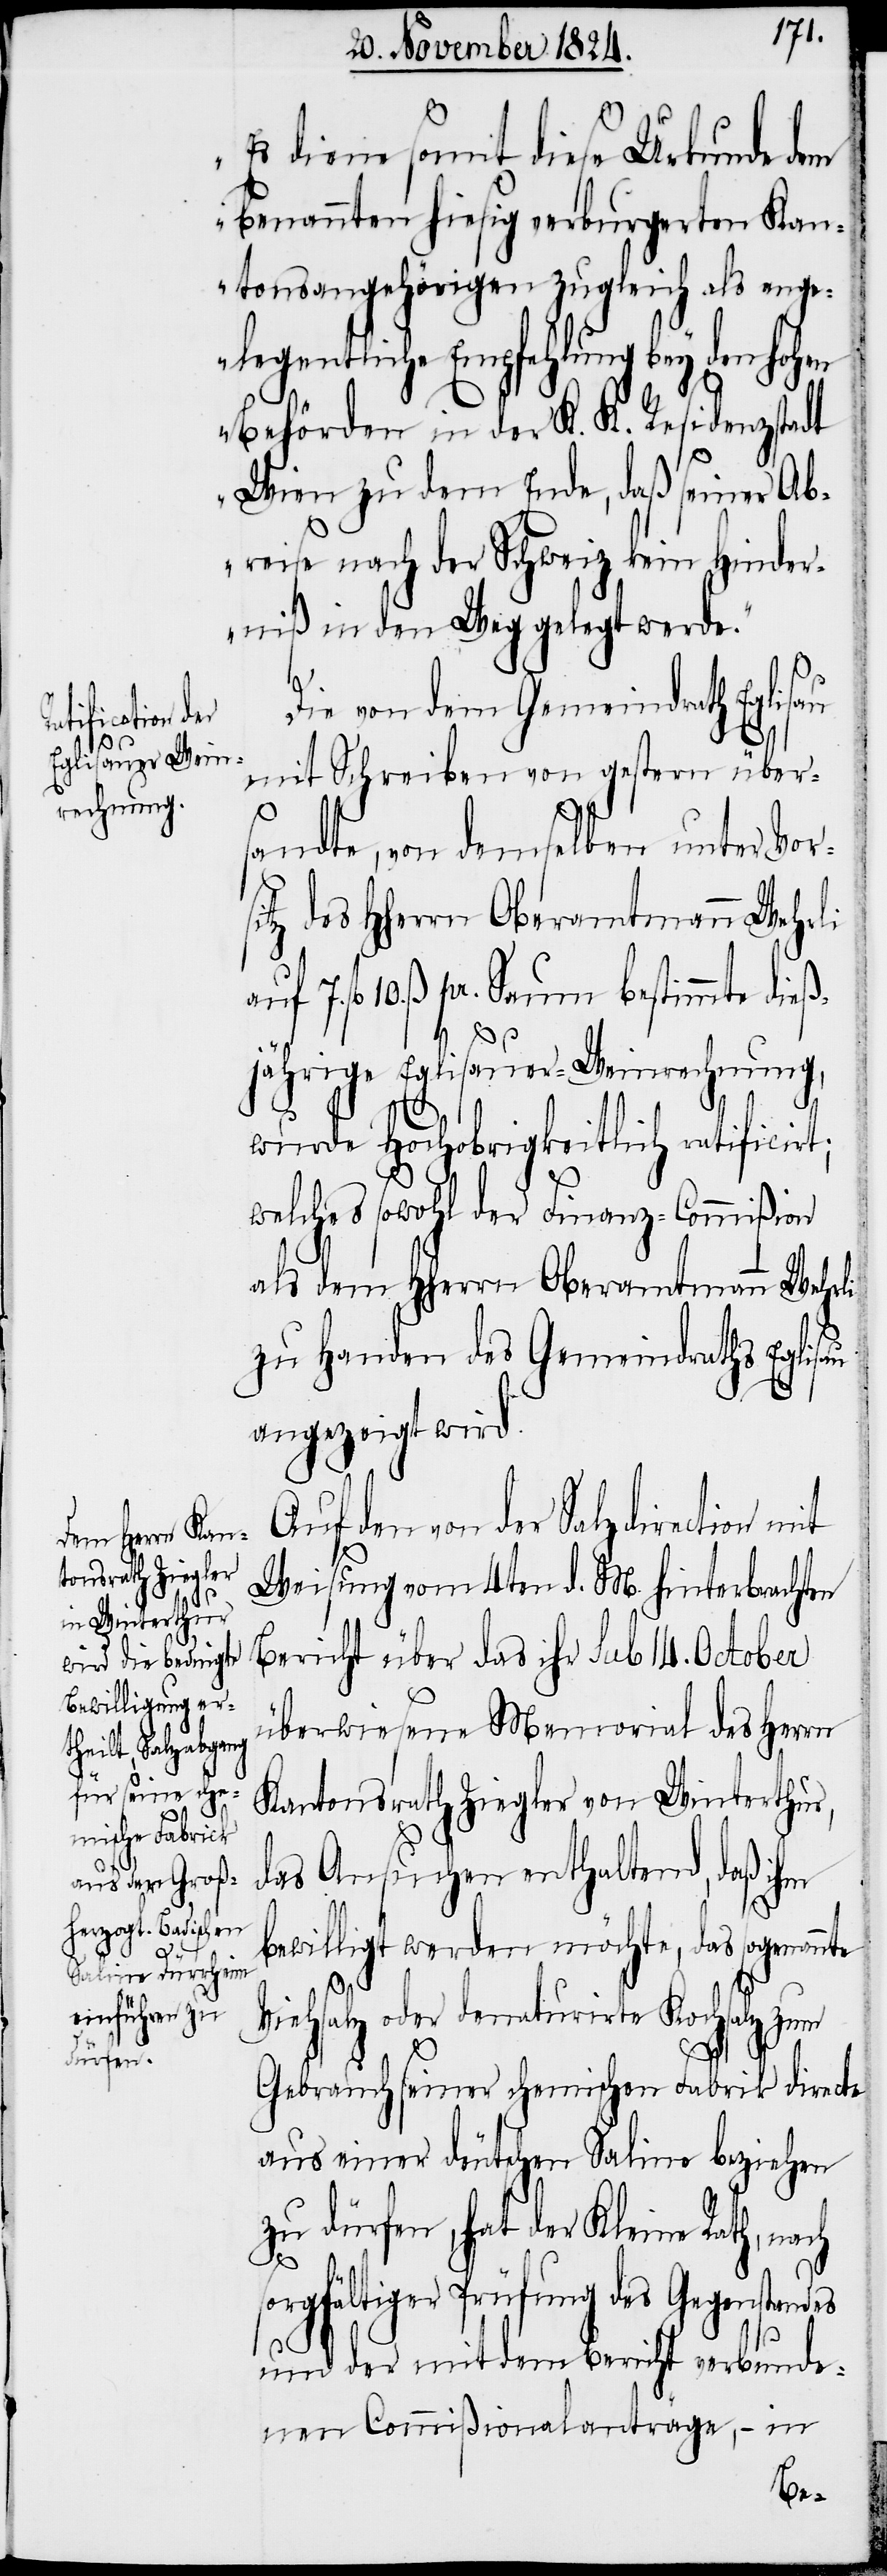
„Es seye somit diese Urkunde dem
benannten hiesig verburgerten Kan¬
tonsangehörigen zugleich als ange¬
legentliche Empfehlung bey den hohen
Behörden in der K. K. Residenzstadt
Wien zu dem Ende, daß seiner Ab¬
reise nach der Schweiz kein Hinder¬
niß in den Weg gelegt werde.“
Die von dem Gemeindrath Eglisau
mit Schreiben von gestern über¬
sandte, von demselben unter Vors¬
itz des HHerrn Oberamtmann Wehrli
fl 10. ß pr. Saum bestimmte die¬
ßjährige Eglisauer-Weinrechnung,
wurde Hochobrigkeitlich ratificirt;
welches sowohl der Finanz-Commißion
als dem HHerrn Oberamtmann Wehrli
zu Handen des Gemeindraths Eglisau
angezeigt wird.
Auf den von der Salzdirection mit
Weisung vom 4ten d. M. hinterbrachten
Bericht über das ihr sub 14. October
überwiesene Memorial des Herrn
Kantonsrath Ziegler von Winterthur,
das Ansuchen enthaltend, daß ihm
bewilligt werden möchte, das sogenannte
Viehsalz oder denaturirte Kochsalz zum
Gebrauch seiner chemischen Fabrik directe
aus einer deutschen Saline beziehen
zu dürfen, hat der Kleine Rath, nach
sorgfältiger Prüfung des Gegenstandes
und der mit dem Bericht verbunde¬
nen Commißionalanträge, – in